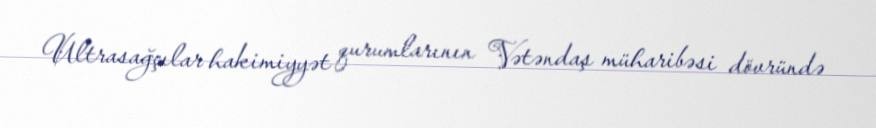
Ultrasağçılar hakimiyyət qurumlarının Vətəndaş müharibəsi dövründə